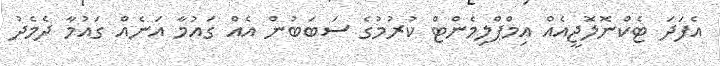
އެފަދަ ޓެކްނޮލޮޖީއެއް އިމްޕްލިމެންޓް ކުރުމުގެ ސަބަބުން އެއް ގައުމާ އަނެއް ގައުމާ ދެމެދު